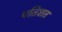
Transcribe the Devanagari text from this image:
पतिशत